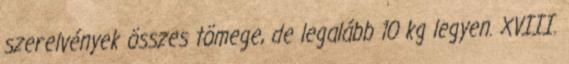
szerelvények összes tömege, de legalább 10 kg legyen. XVIII.